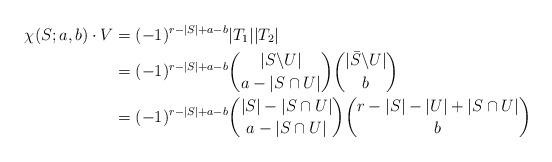
LaTeX: \begin{align*} \chi (S;a,b) \cdot V &= (-1)^{r-|S|+a-b}|T_1||T_2| \\ &= (-1)^{r-|S|+a-b}\binom{|S \backslash U|}{a - |S \cap U|} \binom{|\bar{S} \backslash U|}{b}\\ &= (-1)^{r-|S|+a-b}\binom{|S|-|S \cap U|}{a-|S \cap U|} \binom{r-|S|-|U|+|S \cap U|}{b} \end{align*}